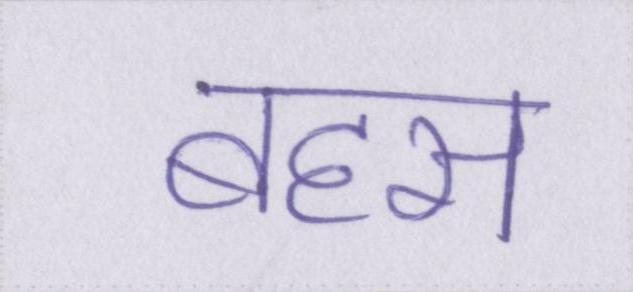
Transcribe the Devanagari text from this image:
बहस